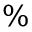
\%